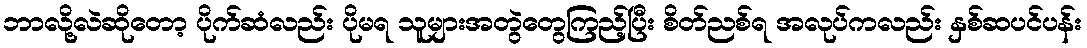
ဘာလို့လဲဆိုတော့ ပိုက်ဆံလည်း ပိုမရ သူများအတွဲတွေကြည့်ပြီး စိတ်ညစ်ရ အလုပ်ကလည်း နှစ်ဆပင်ပန်း